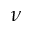
\nu